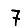
Digit: 7